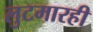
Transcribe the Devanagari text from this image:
लुटमारही